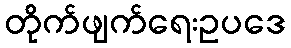
တိုက်ဖျက်ရေးဥပဒေ